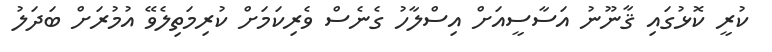
ކުރީ ކޮޅުގައި ޤާނޫނު އަސާސީއަށް އިސްލާހު ގެނެސް ވެރިކަމަށް ކުރިމަތިލެވޭ އުމުރަށް ބަދަލު